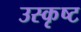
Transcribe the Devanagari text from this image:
उस्कृष्ट